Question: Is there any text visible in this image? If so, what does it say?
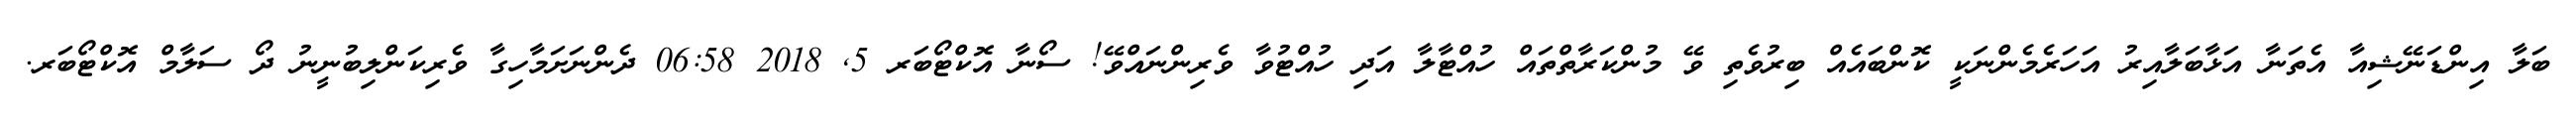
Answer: ބަލާ އިންޑަނޭޝިއާ އެތަނާ އަޅާބަލާއިރު އަހަރެމެންނަކީ ކޮންބައެއް ބިރުވެތި ވޭ މުންކަރާތްތައް ހުއްޓާލާ އަދި ހުއްޓުވާ ވެރިންނައްވޭ! ސޯނާ އޮކްޓޯބަރ 5, 2018 06:58 ދެންނަށަމާހިގާ ވެރިކަންލިބުނީނު ދޯ ސަލާމް އޮކްޓޯބަރ.